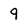
Character: 9